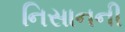
નિસાનની